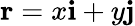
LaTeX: \mathbf{r}=x\mathbf{i}+y\mathbf{j}